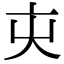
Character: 㐪